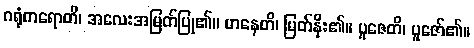
ဂရုံကရောတိ၊ အလေးအမြတ်ပြု၏။ မာနေတိ၊ မြတ်နိုး၏။ ပူဇေတိ၊ ပူဇော်၏။